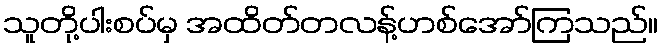
သူတို့ပါးစပ်မှ အထိတ်တလန့်ဟစ်အော်ကြသည်။